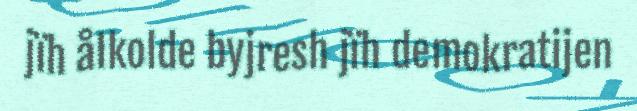
jïh ålkolde byjresh jïh demokratijen